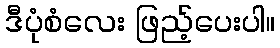
ဒီပုံစံလေး ဖြည့်ပေးပါ။